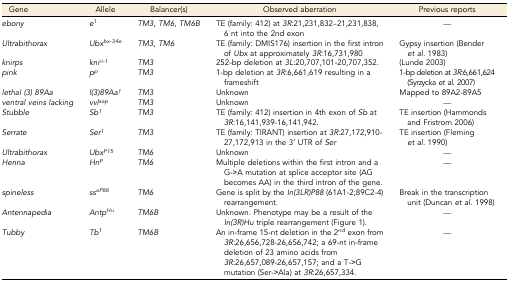
| Gene | Allele | Balancer(s) | Observed aberration | Previous reports |
 | --- | --- | --- | --- | --- |
 | ebony | e1 | TM3, TM6, TM6B | TE (family: 412) at 3R:21,231,832–21,231,838, 6 nt into the 2nd exon | — |
 | Ultrabithorax | Ubxbx-34e | TM3, TM6 | TE (family: DMIS176) insertion in the first intron of Ubx at approximately 3R:16,731,980 | Gypsy insertion (Bender et al. 1983) |
 | knirps | kniri-1 | TM3 | 252-bp deletion at 3L:20,707,101-20,707,352. | (Lunde 2003) |
 | pink | pp | TM3 | 1-bp deletion at 3R:6,661,619 resulting in a frameshift | 1-bp deletion at 3R:6,661,624 (Syrzycka et al. 2007) |
 | lethal (3) 89Aa | l(3)89Aa1 | TM3 | Unknown | Mapped to 89A2-89A5 |
 | ventral veins lacking | vvlsep | TM3 | Unknown | — |
 | Stubble | Sb1 | TM3 | TE (family: 412) insertion in 4th exon of Sb at 3R:16,141,939-16,141,942. | TE insertion (Hammonds and Fristrom 2006) |
 | Serrate | Ser1 | TM3 | TE (family: TIRANT) insertion at 3R:27,172,910-27,172,913 in the 3’ UTR of Ser | TE insertion (Fleming et al. 1990) |
 | Ultrabithorax | UbxP15 | TM6 | Unknown | — |
 | Henna | HnP | TM6 | Multiple deletions within the first intron and a G->A mutation at splice acceptor site (AG becomes AA) in the third intron of the gene. | — |
 | spineless | ssaP88 | TM6 | Gene is split by the In(3LR)P88 (61A1-2;89C2-4) rearrangement. | Break in the transcription unit (Duncan et al. 1998) |
 | Antennapedia | AntpHu | TM6B | Unknown. Phenotype may be a result of the In(3R)Hu triple rearrangement (Figure 1). | — |
 | Tubby | Tb1 | TM6B | An in-frame 15-nt deletion in the 2nd exon from 3R:26,656,728-26,656,742; a 69-nt in-frame deletion of 23 amino acids from 3R:26,657,089-26,657,157; and a T->G mutation (Ser->Ala) at 3R:26,657,334. | — |